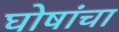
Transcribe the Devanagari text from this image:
घोषांचा